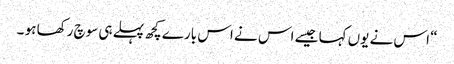
“ اس نے یوں کہا جیسے اس نے اس بارے کچھ پہلے ہی سوچ رکھا ہو ۔